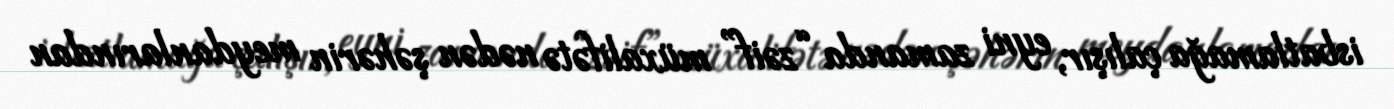
isbatlamağa çalışır, eyni zamanda “zəif” müxalifətə nədən şəhərin meydanlarından